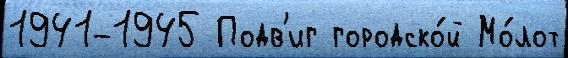
1941-1945 Подв'иг городско́й Мо́лот